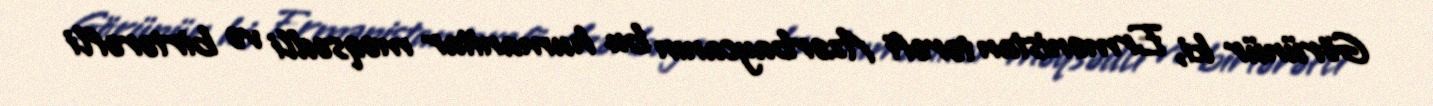
Görünür ki, Ermənistan tərəfi Azərbaycanın bu humanitar məqsədli və birtərəfli